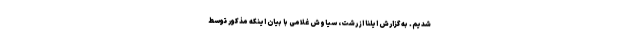
شدیم. به گزارش ایلنا از رشت، سیاوش غلامی با بیان اینکه مذکور توسط